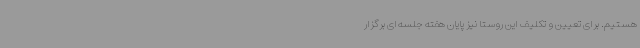
هستیم. برای تعیین و تکلیف این روستا نیز پایان هفته جلسه‌ای برگزار